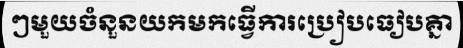
ៗមួយចំនួនយកមកធ្វើការប្រៀបធៀបគ្នា